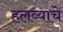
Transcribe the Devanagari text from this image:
हलव्याचे